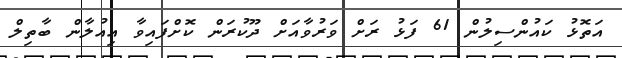
އަތޮޅު ކައުންސިލުން 61 ފަޅު ރަށް ވަރުވާއަށް ދޫކުރަން ކޮށްފައިވާ އިއުލާން ބާތިލް